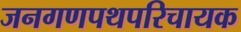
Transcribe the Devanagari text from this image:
जनगणपथपरिचायक